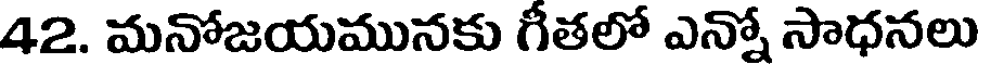
42. మనోజయమునకు గీతలో ఎన్నో సాధనలు